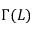
\Gamma ( L )